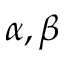
\alpha , \beta